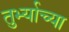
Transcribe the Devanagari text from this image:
तुर्भ्याच्या